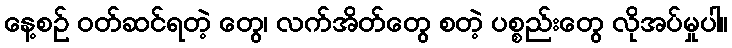
နေ့စဉ် ဝတ်ဆင်ရတဲ့ တွေ၊ လက်အိတ်တွေ စတဲ့ ပစ္စည်းတွေ လိုအပ်မှုပါ။